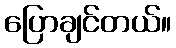
ပြောချင်တယ်။